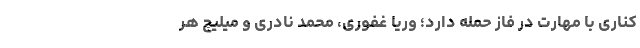
کناری با مهارت در فاز حمله دارد؛ وریا غفوری، محمد نادری و میلیچ هر